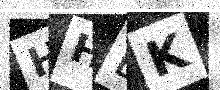
Text: HHDK